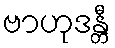
ဗာဟုဒန္တီ